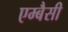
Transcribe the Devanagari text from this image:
एम्बैसी